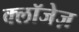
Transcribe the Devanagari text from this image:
क्लॉजेज़